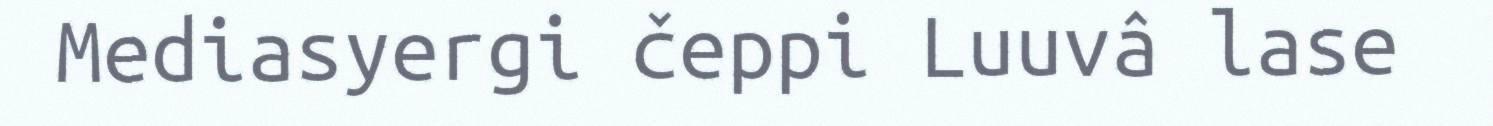
Mediasyergi čeppi Luuvâ lase